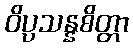
ဝိပ္ပသန္နစိတ္တာ